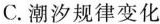
C.潮汐规律变化